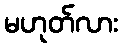
မဟုတ်လား